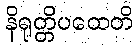
နိရုတ္တိပထေတိ